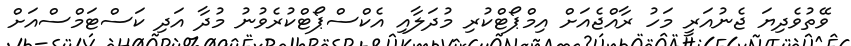
ވޭތުވެދިޔަ ޖެނުއަރީ މަހު ރާއްޖެއަށް އިމްޕޯޓްކުރި މުދަލާއި އެކްސްޕޯޓްކުރެވުނު މުދާ އަދި ކަސްޓަމްސްއަށް